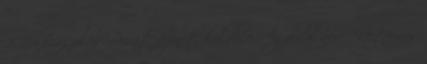
206 hozzászólás Privát üzenet küldése Az oldal neve: Neteuros